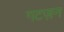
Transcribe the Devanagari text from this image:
गटज़न